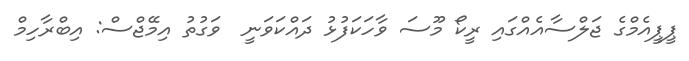
ޕީޕީއެމްގެ ޖަލްސާއެއްގައި ރީކޯ މޫސަ ވާހަކަފުޅު ދައްކަވަނީ  ވަގުތު އިމޭޖްސް: އިބްރާހިމް